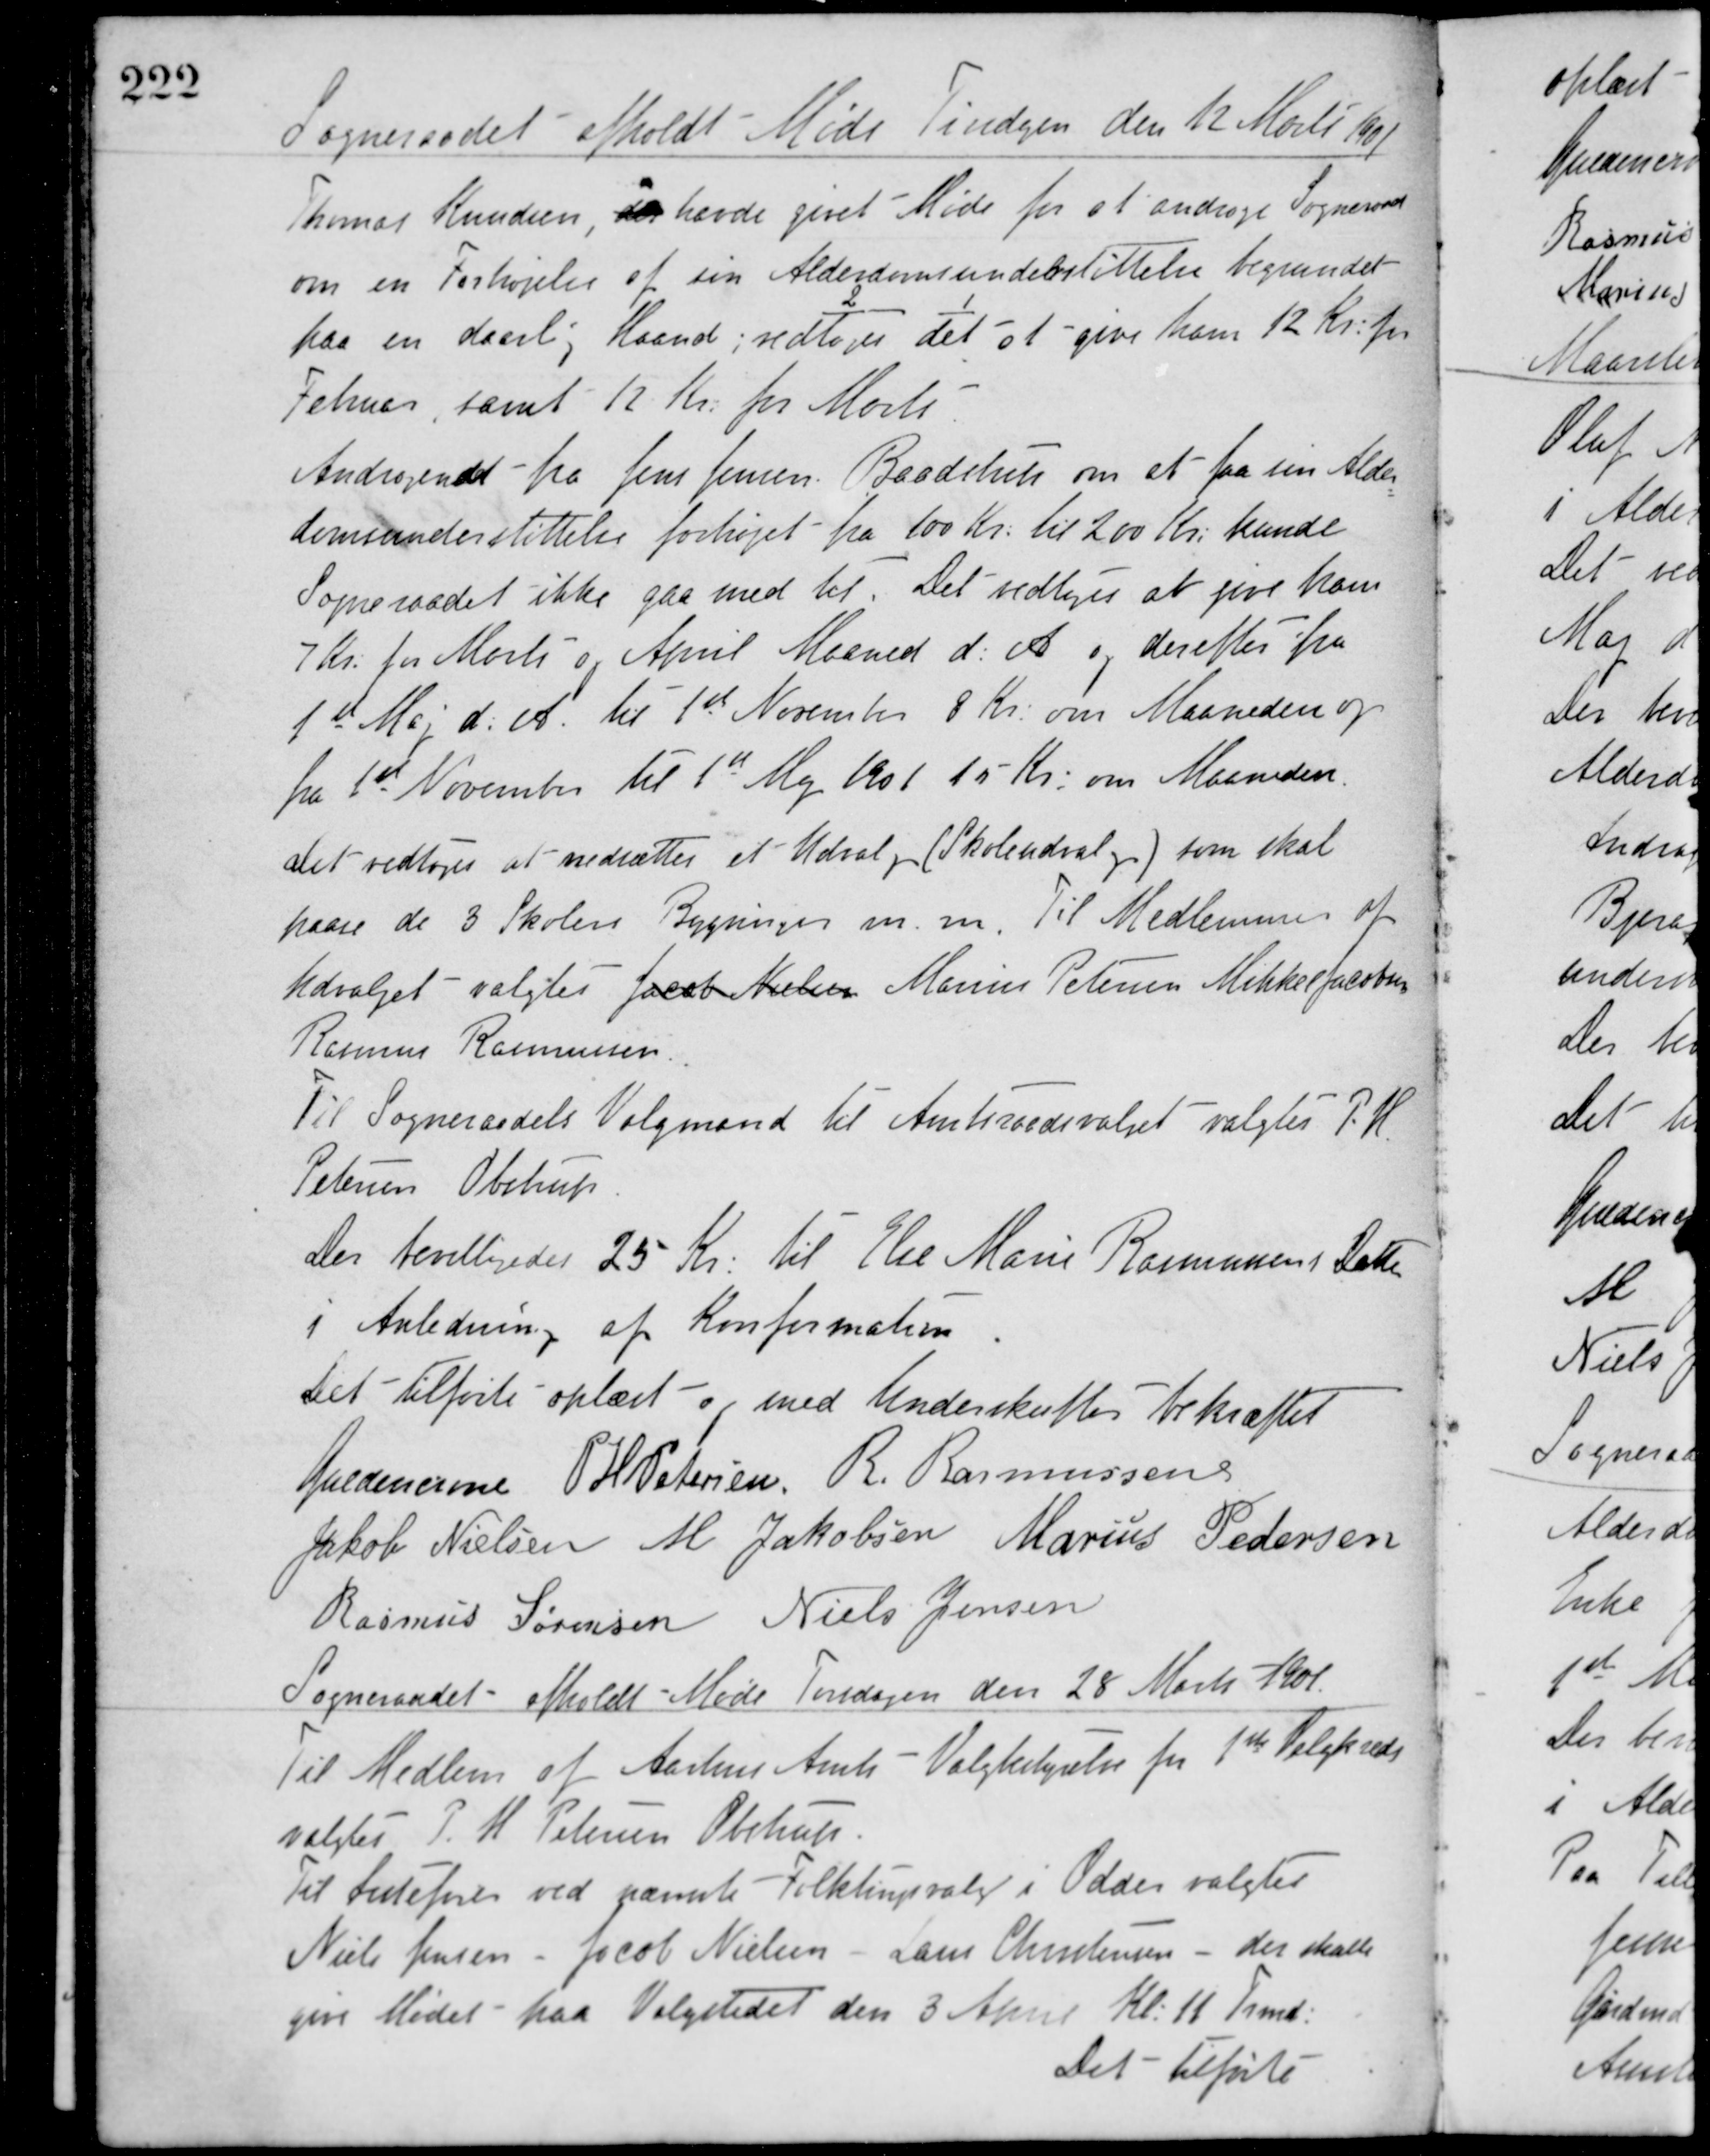
Transskription:
Sogneraadet afholdt Møde Tirsdagen den 12 Marts 1901
Thomas Knudsen, der havde givet Møde for at andrage Sogneraadet
om en Forhøjelse af sin Alderdomsunderstøttelse begrundet
paa en daarlig Haand;
2
vedtoges
1
det
at give ham 12 Kr for
Februar, samt 12 Kr for Marts
Andragendet fra Jens Jensen Baadstup om at faa sin Alder-
domsunderstøttelse forhøjet fra 100 Kr. til 200 Kr. kunde
Sogneraadet ikke gaa med til. Det vedtoges at give ham
7 Kr. for Marts og April Maaned d. A. og derefter fra
1ste Maj d. A. til 1ste November 8 Kr. om Maaneden og
fra 1ste November til 1ste Maj 1901 15 Kr. om Maaneden.
Det vedtoges at nedsættes et Udvalg (Skoleudvalg) som skal
passe de 3 Skolers Bygninger m.m. Til Medlemmer af
Udvalget valgtes Jacob Nielsen Marius Petersen Mikkel Jacobsen
Rasmus Rasmussen.
Til Sogneraadets Valgmand til Amtsraadsvalget valgtes P. H.
Petersen, Obstrup
Der bevilligedes 25 Kr. til Else Marie Rasmussens Datter
I Anledning af Konfirmation.
Det tilførte oplæst og med Underskrifter bekræftet
Guldencrone P. H. Petersen R. Rasmussen
Jakob Nielsen M. Jakobsen Marius Pedersen
Rasmus Sørensen Niels Jensen
Sogneraadet afholdt Møde Torsdagen den 28 Marts 1901
Til Medlem af Aarhus Amts - Valgbestyrelse for 1ste Valgkreds
valgtes P. H. Petersen Obstrup.
Til Listefører ved nævnte Folktingsvalg i Odder valgtes
Niels Jensen - Jacob Nielsen - Laus Christensen - der skulle
give Mødet paa Valgstedet den 3 April Kl. 11 Frmd.
Det tilførte